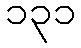
၁၃၁